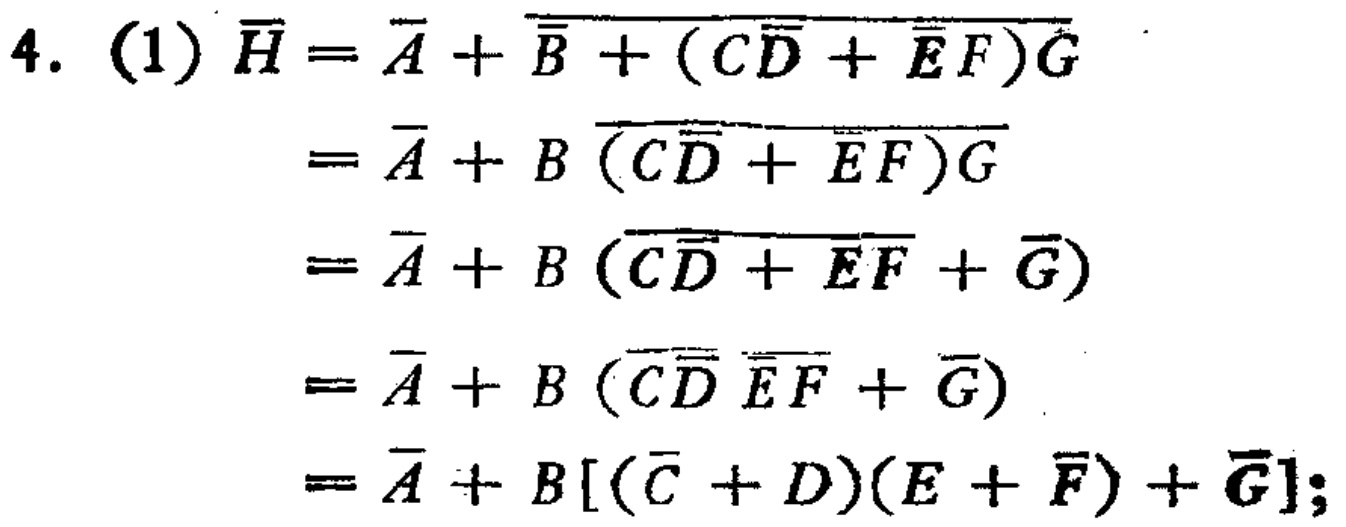
\[

\begin{align*}

\overline{H}&=\overline{A}+\overline{B + (\overline{CD}+\overline{EF})G}\\

&=\overline{A}+B\overline{(\overline{CD}+\overline{EF})G}\\

&=\overline{A}+B(\overline{\overline{CD}+\overline{EF}}+\overline{G})\\

&=\overline{A}+B(\overline{\overline{CD}}\ \overline{\overline{EF}}+\overline{G})\\

&=\overline{A}+B[(\overline{C}+D)(E+\overline{F})+\overline{G}];

\end{align*}

\]